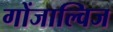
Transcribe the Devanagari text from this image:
गोंजाल्विज